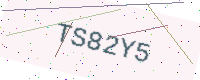
Text: TS82Y5